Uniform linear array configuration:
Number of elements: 16
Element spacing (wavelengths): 0.25
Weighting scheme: cosine
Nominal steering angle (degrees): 45
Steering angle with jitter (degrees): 46.864
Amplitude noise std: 0.05
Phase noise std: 0.05

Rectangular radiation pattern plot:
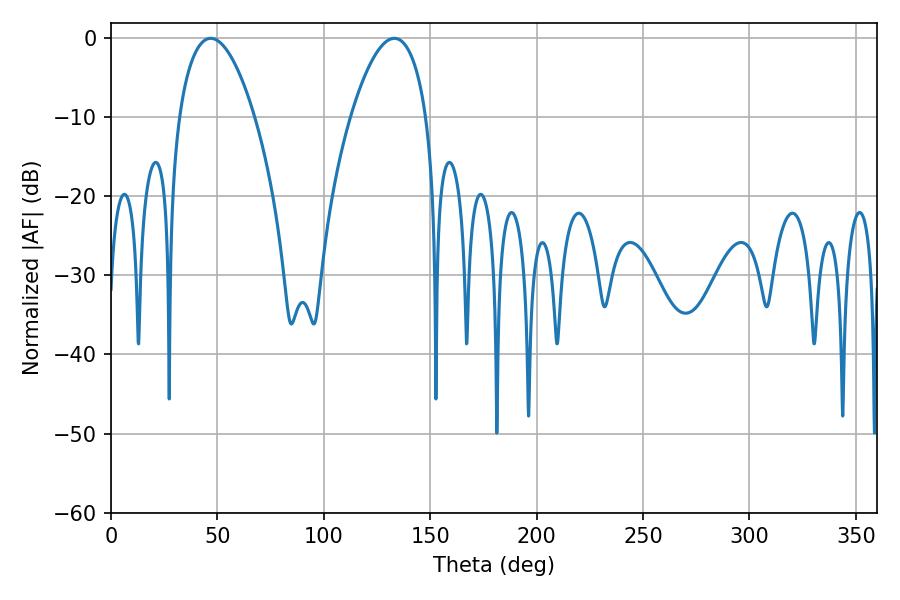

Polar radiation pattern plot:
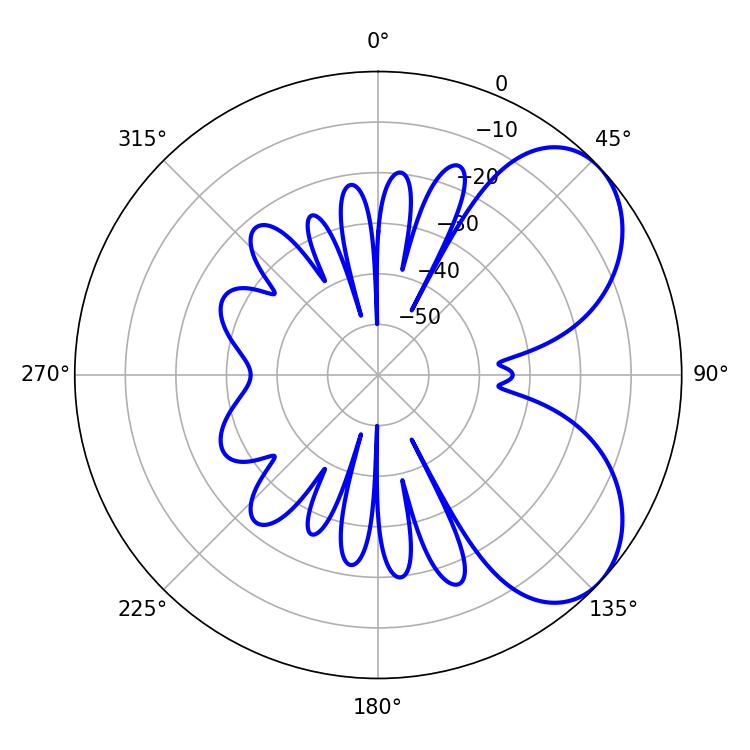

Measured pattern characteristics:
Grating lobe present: FALSE
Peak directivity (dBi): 5.669
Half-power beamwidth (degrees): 19.62
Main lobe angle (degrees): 46.8